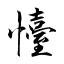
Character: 懛